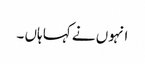
انہوں نے کہا ہاں ۔